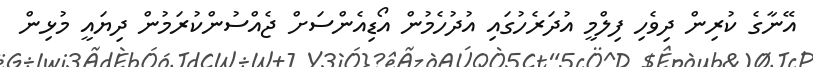
އޭނާގެ ކުރިން ދިވެހި ފިލްމީ އުދަރެހުގައި އުދުހެމުން އޯޑިއެންސަށް ޖެއްސުންކުރަމުން ދިޔައީ މުޅިން